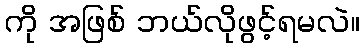
ကို အဖြစ် ဘယ်လိုဖွင့်ရမလဲ။